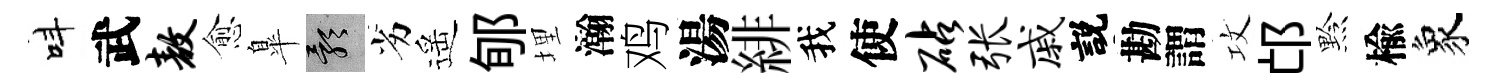
呌武敖愈臯影劣遥郇埋瀚鸡湯緋我使砧张戚説勘謂攻邙黔楡象